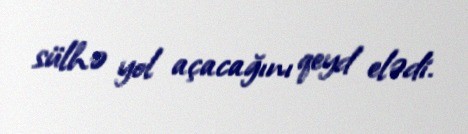
sülhə yol açacağını qeyd elədi.